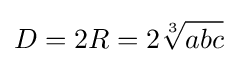
D=2R=2{\sqrt[{3}]{abc}}